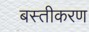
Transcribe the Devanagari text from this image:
बस्तीकरण